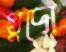
খুদো